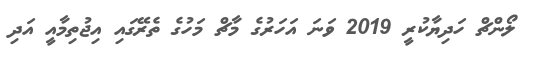
ލޯންޗް ހަދިޔާކުރީ 2019 ވަނަ އަހަރުގެ މާޗް މަހުގެ ތެރޭގައި އިޖުތިމާއީ އަދި